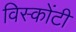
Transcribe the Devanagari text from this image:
विस्कोंटी